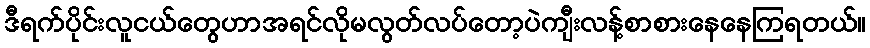
ဒီရက်ပိုင်းလူငယ်တွေဟာအရင်လိုမလွတ်လပ်တော့ပဲကျီးလန့်စာစားနေနေကြရတယ်။